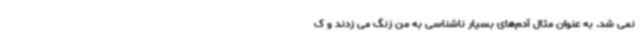
نمی شد. به عنوان مثال آدم‌های بسیار ناشناسی به من زنگ می زدند و ک